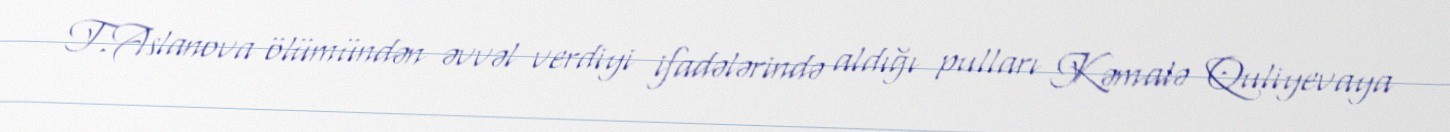
T.Aslanova ölümündən əvvəl verdiyi ifadələrində aldığı pulları Kəmalə Quliyevaya